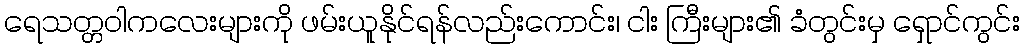
ရေသတ္တဝါကလေးများကို ဖမ်းယူနိုင်ရန်လည်းကောင်း၊ ငါး ကြီးများ၏ ခံတွင်းမှ ရှောင်ကွင်း